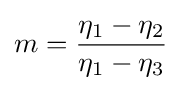
m={\frac {\eta _{1}-\eta _{2}}{\eta _{1}-\eta _{3}}}